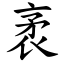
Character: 袤